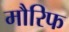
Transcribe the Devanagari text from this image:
मौरिफ